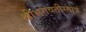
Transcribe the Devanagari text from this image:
श्रीभगवतीस्तोत्रं